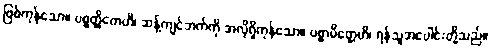
ဖြစ်ကုန်သော။ ပစ္စတ္ထိကေဟိ၊ ဆန့်ကျင်ဘက်ကို အလိုရှိကုန်သော။ ပစ္စာမိတ္တေဟိ၊ ရန်သူအပေါင်းတို့သည်။